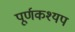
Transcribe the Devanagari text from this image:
पूर्णकश्यप